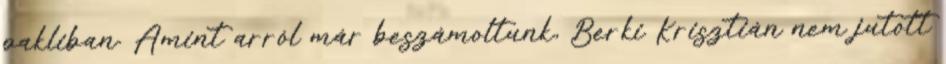
pakliban. Amint arról már beszámoltunk, Berki Krisztián nem jutott